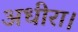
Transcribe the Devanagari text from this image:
अधीरा।